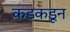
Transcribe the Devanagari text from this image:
कडकडून